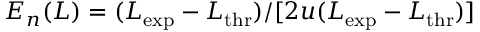
E _ { n } ( L ) = ( L _ { \mathrm { e x p } } - L _ { \mathrm { t h r } } ) / [ 2 u ( L _ { \mathrm { e x p } } - L _ { \mathrm { t h r } } ) ]